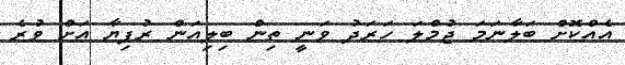
އެއްކޮށް ބަލާނަމަ ޖުމްލަ ހަރަދު ވަނީ ތިން ބިލިއަން ރުފިޔާ އަށް ވުރެ